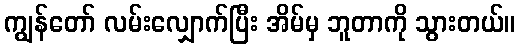
ကျွန်တော် လမ်းလျှောက်ပြီး အိမ်မှ ဘူတာကို သွားတယ်။